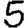
Digit: 5